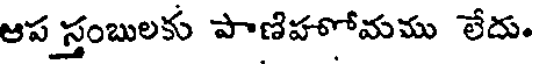
ఆప స్తంబులకు పాణిహోమము లేదు.